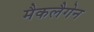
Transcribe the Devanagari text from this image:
मैकलैगेन